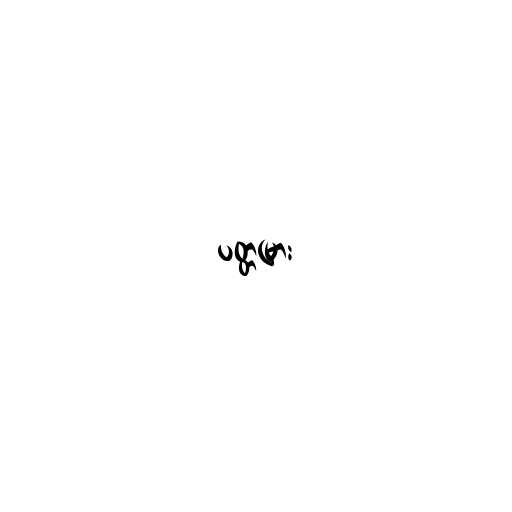
ပတ္တမြား